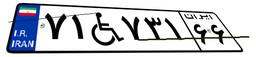
۷۱W۷۳۱۶۶